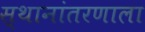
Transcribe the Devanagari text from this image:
स्थानांतरणाला